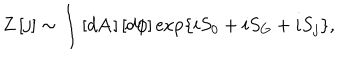
Z \left[ j \right] \sim \int \left[ d \mathbf { A } \right] \left[ d \phi \right] \exp \left\{ i S _ { 0 } + i S _ { G } + i S _ { j } \right\} ,